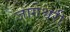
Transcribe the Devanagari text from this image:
जागेश्वरी